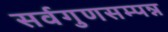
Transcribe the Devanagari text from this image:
सर्वगुणसम्पन्न